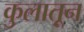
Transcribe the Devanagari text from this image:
कुलातून